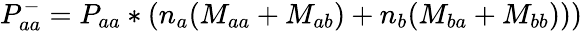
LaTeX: P_{aa}^{-}=P_{aa}*\left(n_{a}(M_{aa}+M_{ab})+n_{b}(M_{ba}+M_{bb}))\right)